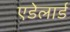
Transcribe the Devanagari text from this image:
एडेलार्ड